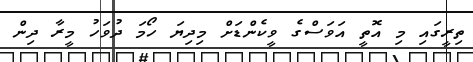
ތިރީގައި މި އޮތީ އަވަސްގެ ވީކެންޑަށް މިދިޔަ ހޯމަ ދުވަހު މީރާ ދިން